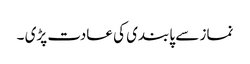
نماز سے پابندی کی عادت پڑی ۔